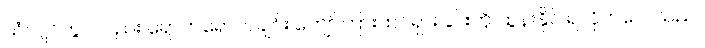
သံလျင်တွင်လည်း ရောက်ရောက်ချင်း ကျော်ကြားထင်ရှားခြင်းကို ထွန်းနိုင် ရလိုက်လေသည်။